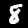
Label: 8